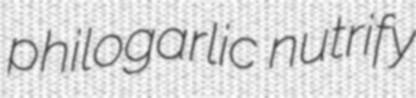
philogarlic nutrify